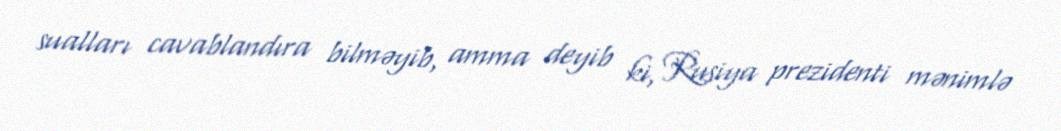
sualları cavablandıra bilməyib, amma deyib ki, Rusiya prezidenti mənimlə